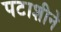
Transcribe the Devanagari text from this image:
पटाशीने